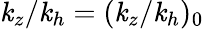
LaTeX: \mathit{k}_{z}/\mathit{k}_{h}=(\mathit{k}_{z}/\mathit{k}_{h})_{0}